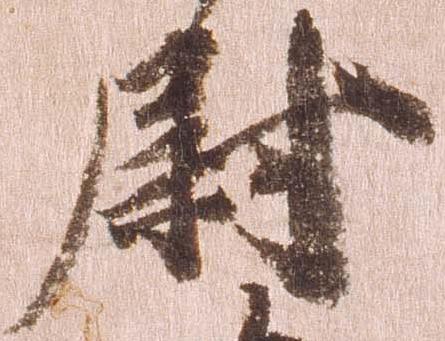
尉